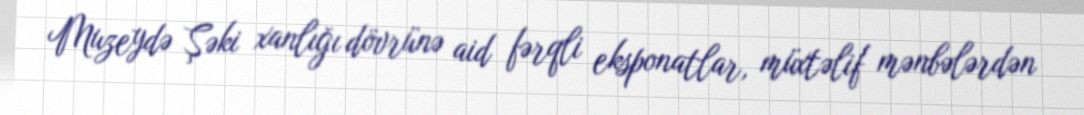
Muzeydə Şəki xanlığı dövrünə aid fərqli eksponatlar, müxtəlif mənbələrdən